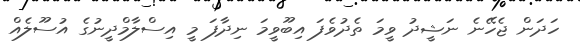
ހަދަން ޖެހޭނެ ނަޝީދު ވީމަ ތެދުވެފަ އިބޫވީމަ ނިދާފަ މީ އިސްލާމްދީނުގެ އުސޫލެއް